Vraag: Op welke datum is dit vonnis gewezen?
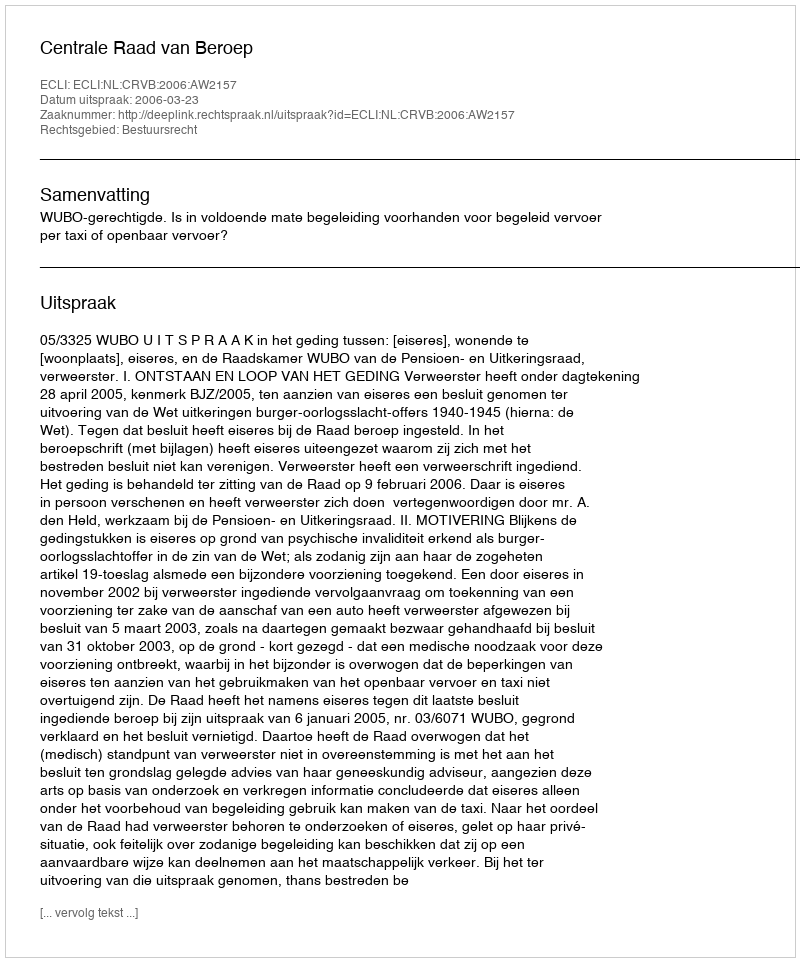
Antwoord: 2006-03-23